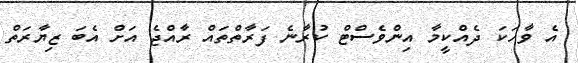
އެ ވާހަކަ ދެއްކީމާ އިންވެސްޓް ކުރާނެ ފަރާތްތައް ރާއްޖެ އަށް އެބަ ޒިޔާރަތް